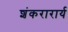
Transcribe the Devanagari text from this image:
शंकरारार्य